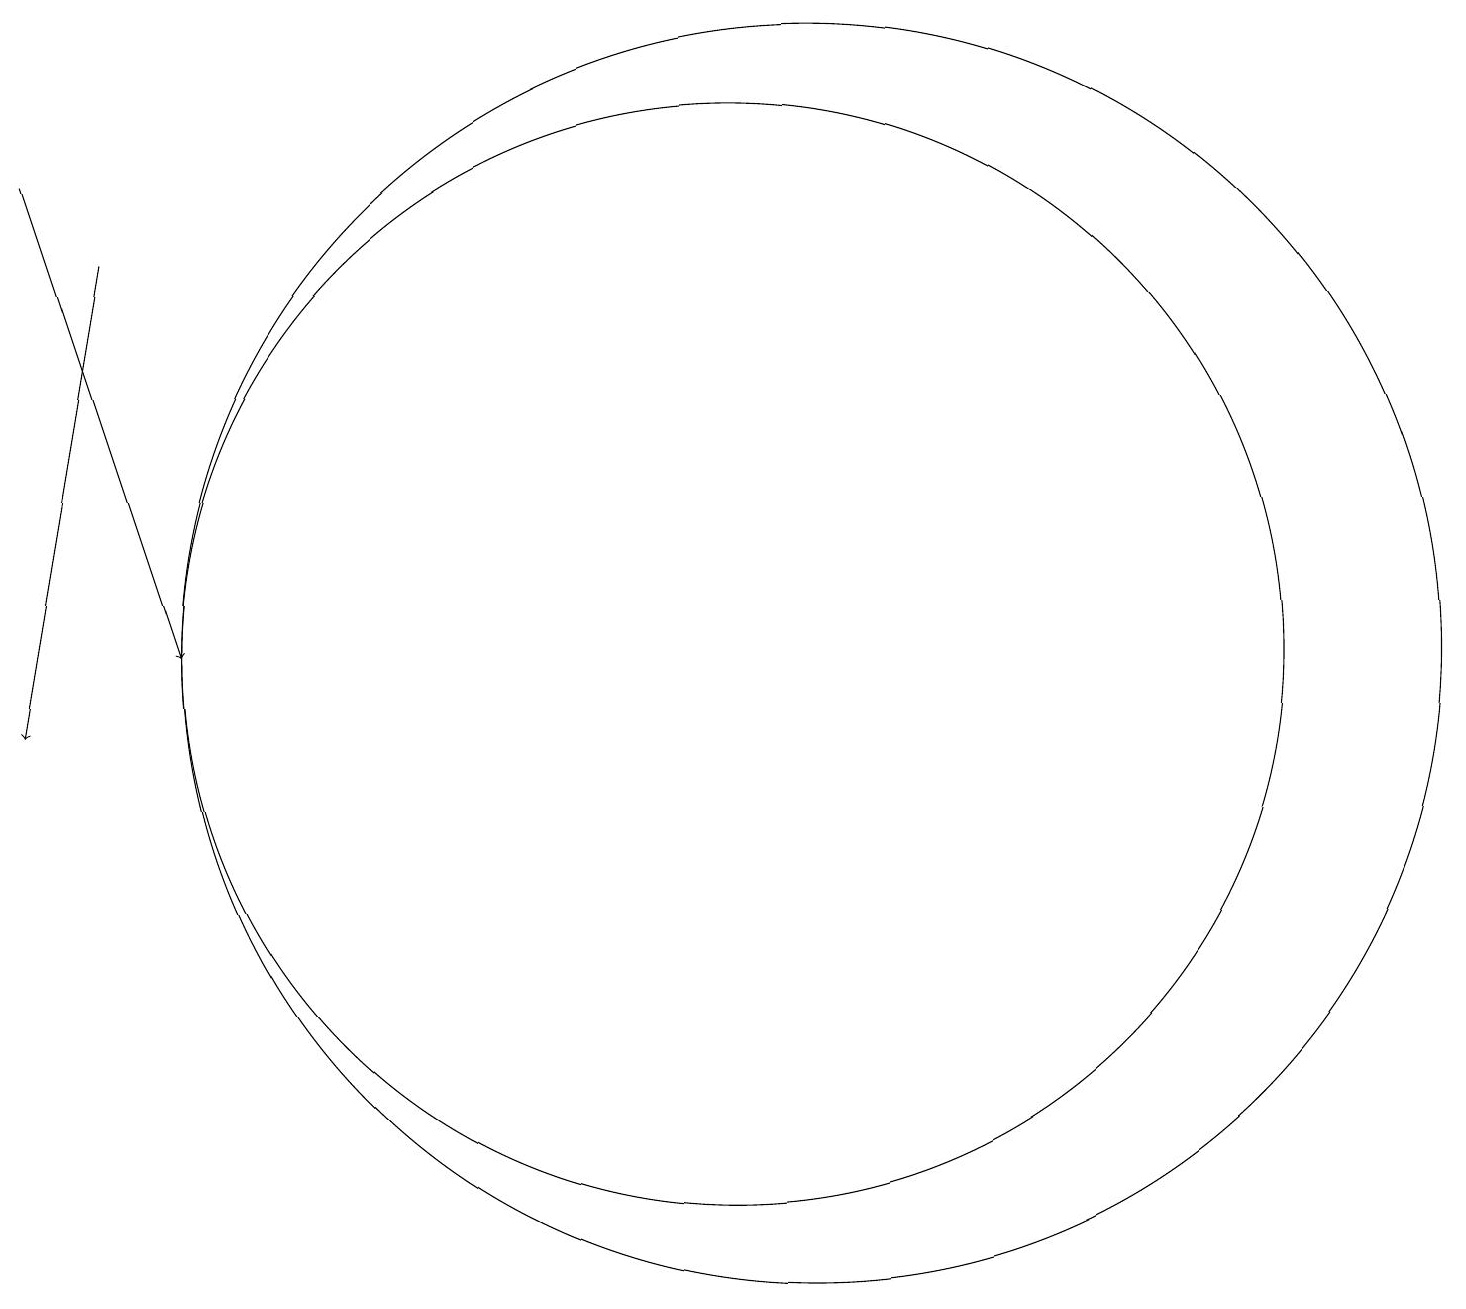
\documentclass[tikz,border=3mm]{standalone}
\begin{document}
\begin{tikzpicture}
\draw (10,12) circle (7);
\draw[->] (1,18) -- (3,12);
\draw[->] (2,17) -- (1,11);
\draw (11,12) circle (8);
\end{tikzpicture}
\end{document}